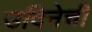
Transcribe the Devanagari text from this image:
उदिनेची